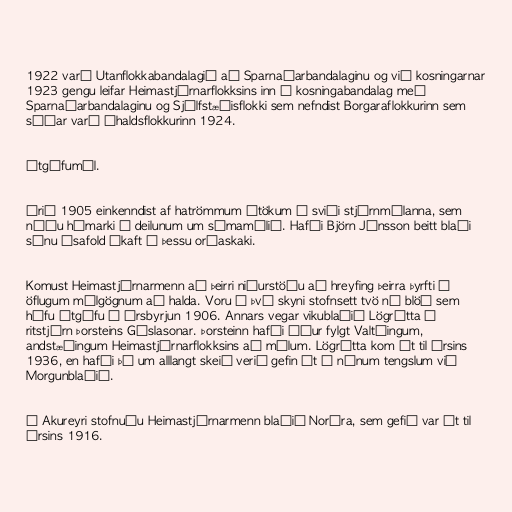
1922 varð Utanflokkabandalagið að Sparnaðarbandalaginu og við kosningarnar
1923 gengu leifar Heimastjórnarflokksins inn í kosningabandalag með
Sparnaðarbandalaginu og Sjálfstæðisflokki sem nefndist Borgaraflokkurinn sem
síðar varð Íhaldsflokkurinn 1924.

Útgáfumál.

Árið 1905 einkenndist af hatrömmum átökum á sviði stjórnmálanna, sem
náðu hámarki í deilunum um símamálið. Hafði Björn Jónsson beitt blaði
sínu Ísafold ákaft í þessu orðaskaki.

Komust Heimastjórnarmenn að þeirri niðurstöðu að hreyfing þeirra þyrfti á
öflugum málgögnum að halda. Voru í því skyni stofnsett tvö ný blöð sem
hófu útgáfu í ársbyrjun 1906. Annars vegar vikublaðið Lögrétta í
ritstjórn Þorsteins Gíslasonar. Þorsteinn hafði áður fylgt Valtýingum,
andstæðingum Heimastjórnarflokksins að málum. Lögrétta kom út til ársins
1936, en hafði þá um alllangt skeið verið gefin út í nánum tengslum við
Morgunblaðið.

Á Akureyri stofnuðu Heimastjórnarmenn blaðið Norðra, sem gefið var út til
ársins 1916.